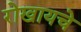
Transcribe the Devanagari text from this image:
रोखायचे